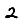
Digit: 2